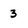
Character: 3